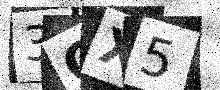
Text: 3QX5